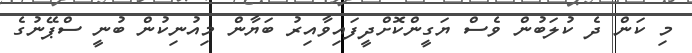
މި ކަން ދެ ކުލަބުން ވެސް ޔަގީންކޮށްދީފައިވާއިރު ބަޔާން މިއުނިކުން ބުނީ ސްޕޭނުގެ